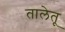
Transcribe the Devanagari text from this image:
तालेतू